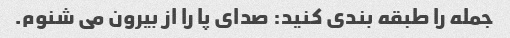
جمله را طبقه بندی کنید: صدای پا را از بیرون می شنوم.